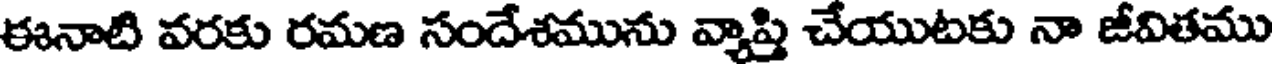
ఈనాటి వరకు రమణ సందేశమును వ్యాప్తి చేయుటకు నా జీవితము